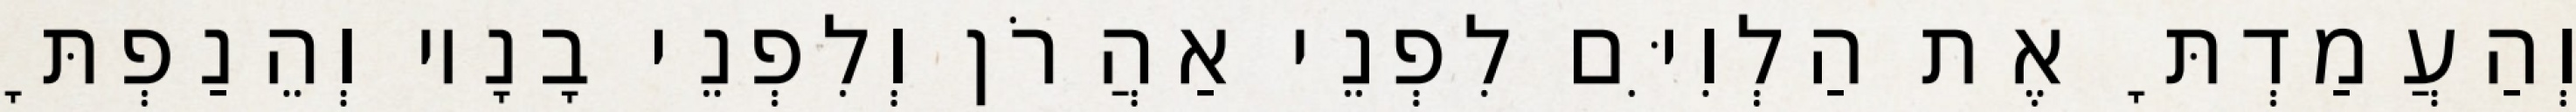
וְהַעֲמַדְתָּ אֶת הַלְוִיִּם לִפְנֵי אַהֲרֹן וְלִפְנֵי בָנָיו וְהֵנַפְתָּ